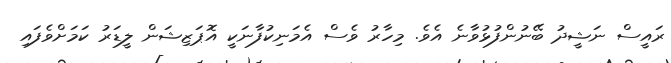
ރައީސް ނަޝީދު ބޭނުންފުޅުވާނެ އެވެ. މިހާރު ވެސް އެމަނިކުފާނަކީ އޮޕަޒިޝަން ލީޑަރު ކަމަށްވެފައި